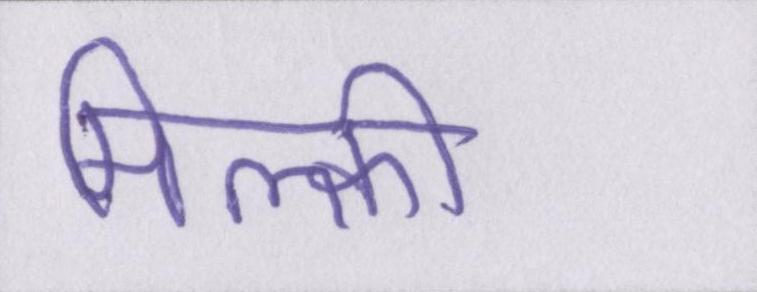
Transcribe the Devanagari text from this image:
मिल्की